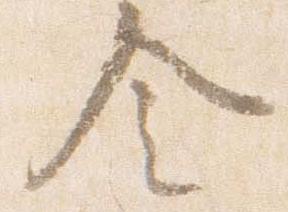
令